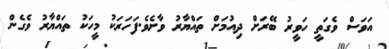
އަވަސް ވެގަތީ ހަވީރު ބޭރަށް ދިއުމަށް ތައްޔާރު ވާށެވެ.ފަހަރަކު މީހަކު ތައްޔާރު ވެގެން